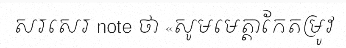
សរសេរ note ថា «សូមមេត្តាកែតម្រូវ